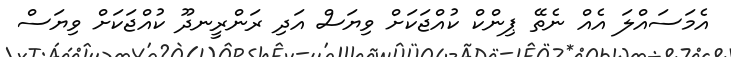
އެމަސައްލަ އެއް ނެތޭ ޕިންކް ކުއްޖަކަށް ވިޔަސް އަދި ރަންރީނދޫ ކުއްޖަކަށް ވިޔަސް